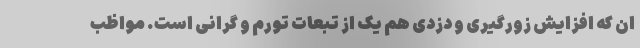
ان که افزایش زورگیری و دزدی هم یک از تبعات تورم و گرانی است. مواظب